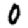
Digit: 0